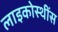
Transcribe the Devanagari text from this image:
लाइकोस्थींस